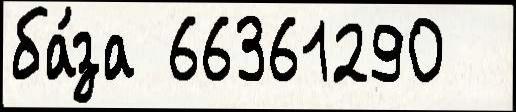
ба́за 66361290